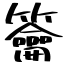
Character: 籥